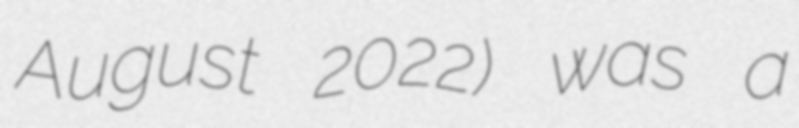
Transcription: August 2022) was a